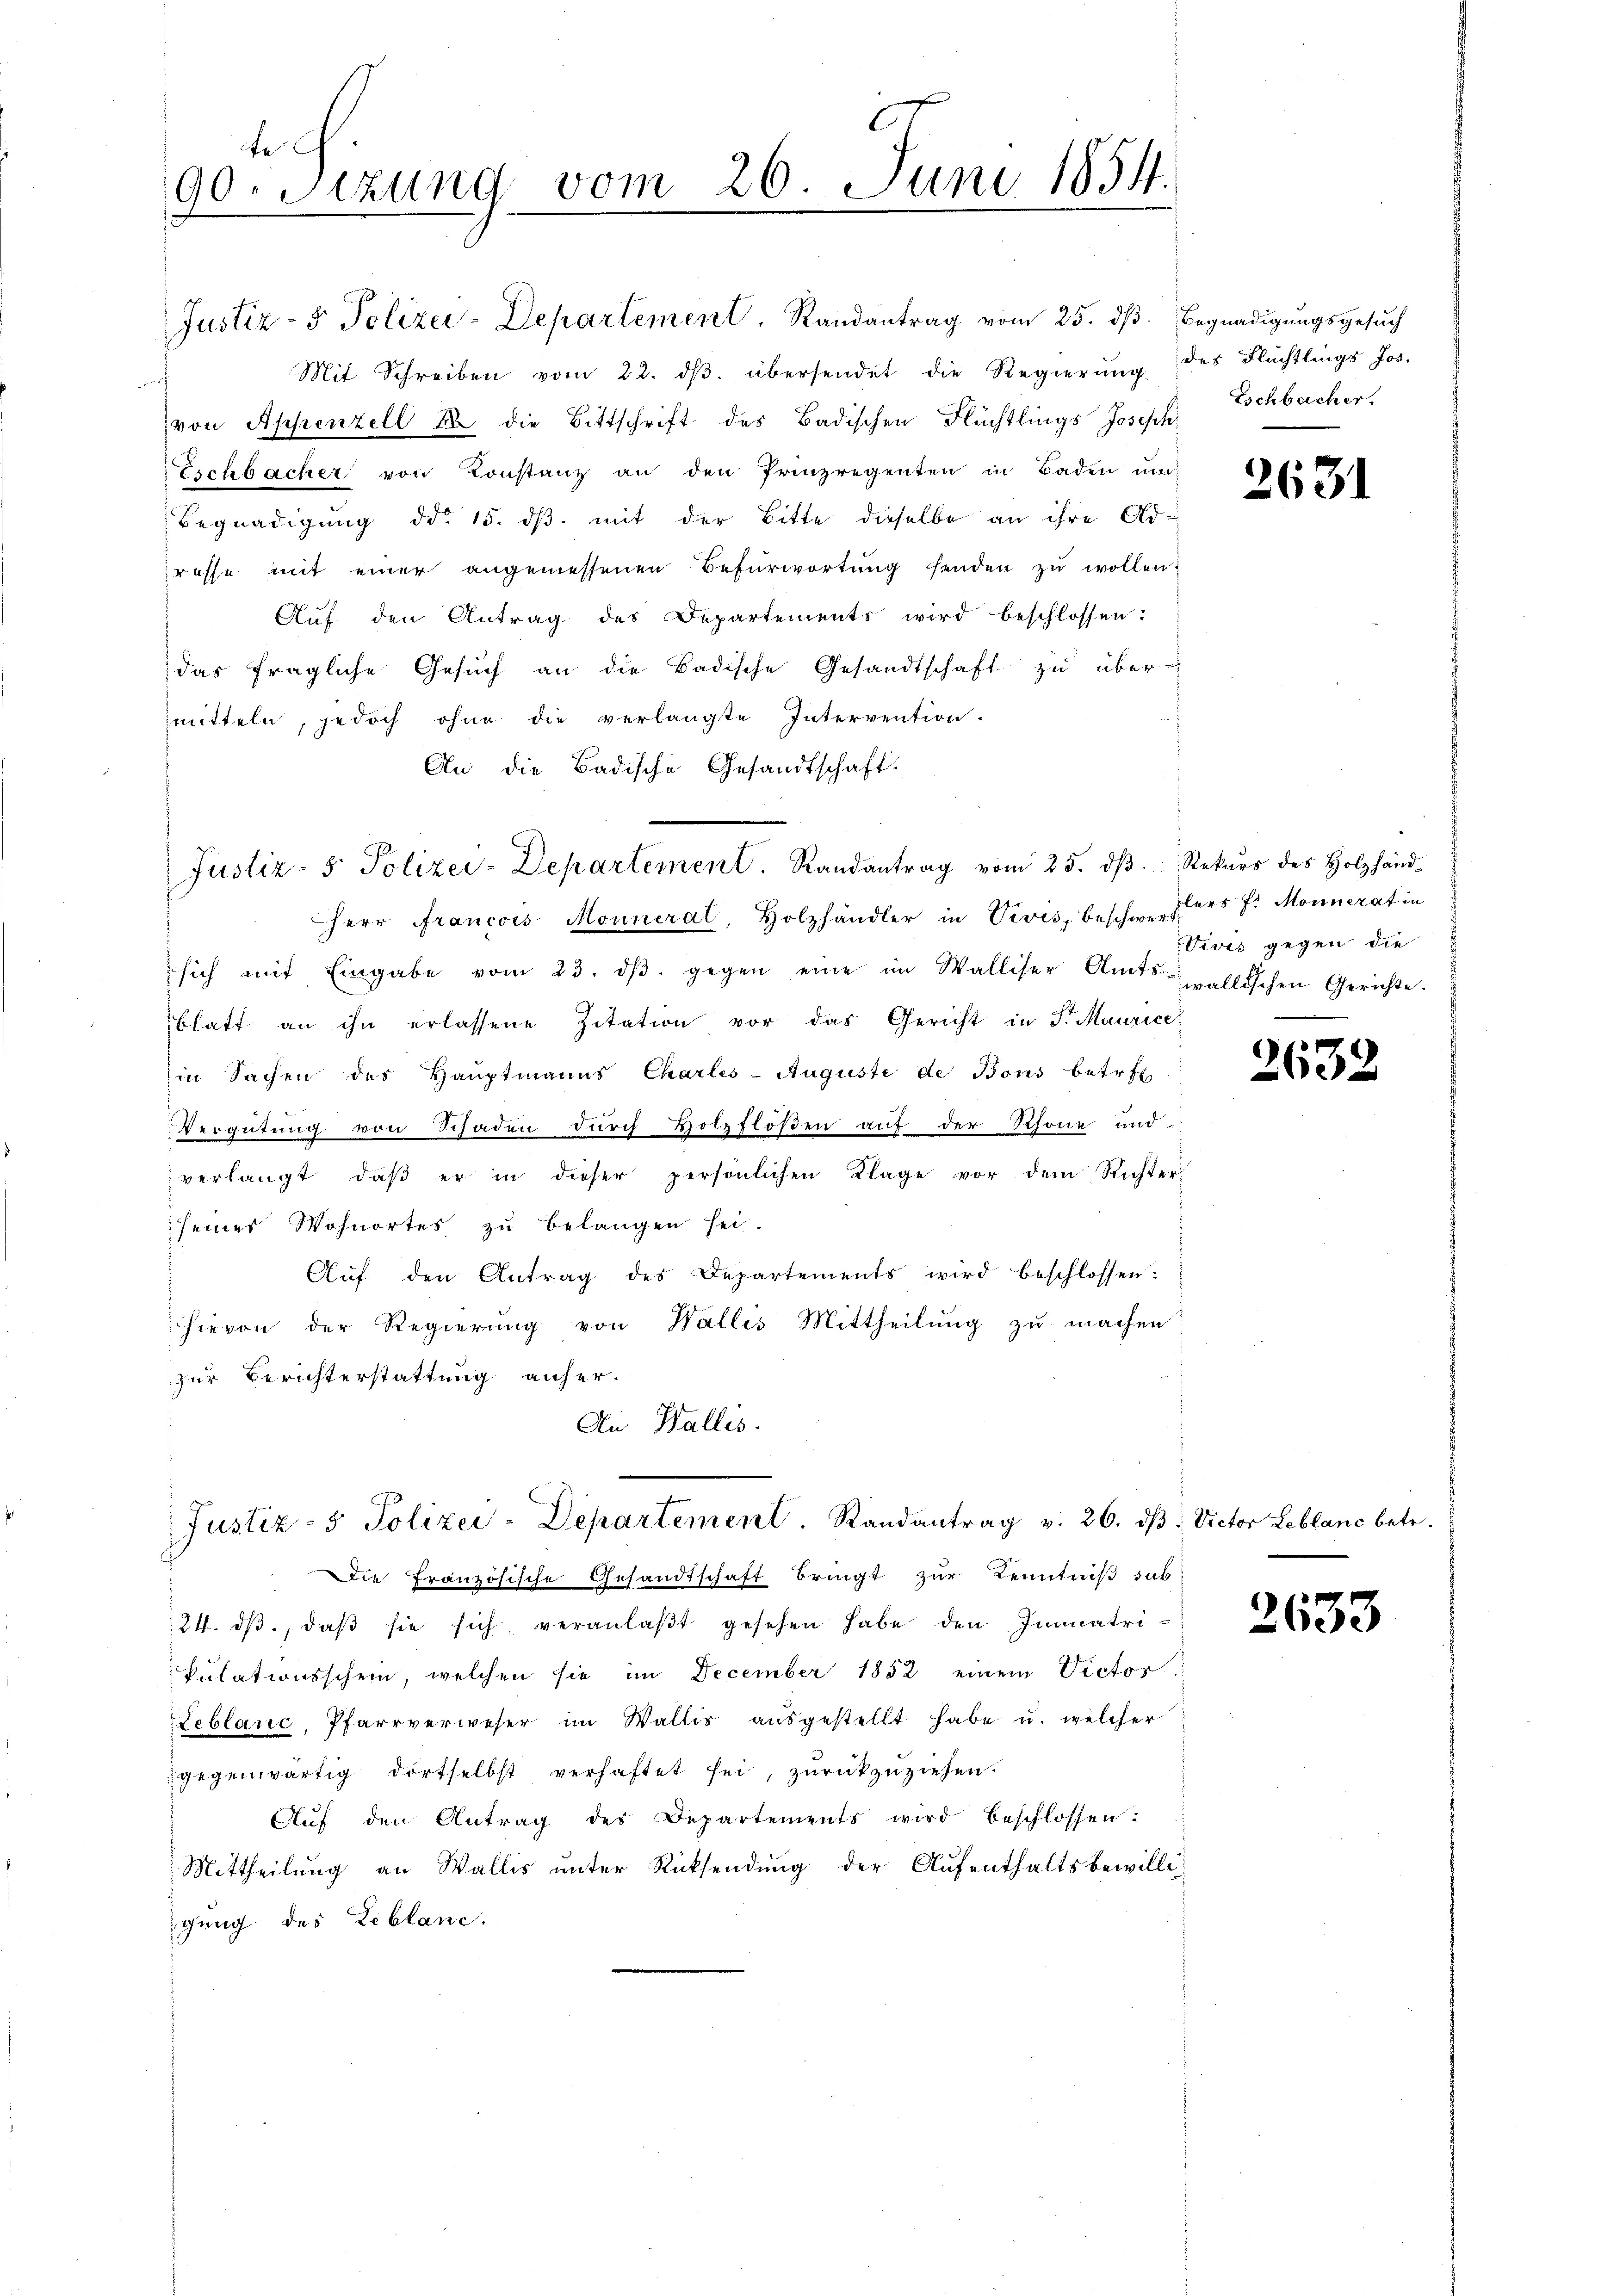
u

te
90. Sezung vom 26. Juni 1854.
d

Justiz- & Polizei-Departement. Randantrag vom 25. dß. Begnadigungsgesuch
Mit Schreiben vom 22. ds. übersendet die Regierung des Flüchtlings Jos.
f
von Appenzell 2 die Bittschrift des Badischen Flüchtlings Joseph
Eschbacher von Konstanz an den Prinzregenten in Baden un-
Begnadigung ddo 15. ds. mit der Bitte dieselbe an ihre Adresse mit einer angemessenen Befürwortŭng senden zŭ wollen.
Aŭf den Antrag des Departements wird beschlossen:
das fragliche Gesuch an die Badische Gesandtschaft zu übermitteln, jedoch ohne die verlangte Intervention.
An die Badische Gesandtschaft.
Herr Francois Monneral, Holzhändler in Vivis, beschieders J. Monnerat in
sich mit Eingabe vom 23. dβ. gegen eine im Walliser Amts-
blatt an ihn erlassene Zitation vor das Gericht in Fr. Maurice
in Sachen des Hauptmanns Charles-Auguste de Bons betret
Vergütung von Schaden durch Holzflößen auf der Schöne und
verlangt, daβ er in dieser persönlichen Klage vor dem Richterseiner Wohnortes zu belangen sei.
Auf den Antrag des Departements wird beschlossen:
hievon der Regierung von Wallis Mittheilung zu machen
zur Berichterstattung anher.
An Wallis.

Justiz- & Polizei-Departement. Randantrag vom 25. dβ. Rekurs des Holzhand¬

Justiz- & Polizei-Departement. Randantrag v. 26. dβ: Victor Leblanc betr.

die französische Gesandtschaft bringt zur Kenntniß sab¬
24. dβ, daβ sie sich veranlaβt gesehen habe den Immatrikulationsschein, welchen sie im December 1852 einem Victor
Leblanc, Pfarrverweser im Wallis aŭsgestellt habe u. welcher
gegenwärtig dortselbst verhaftet sei, zŭrückzuziehen.
Aŭf den Antrag des Departements wird beschlossen:
Mittheilung an Wallis unter Rücksendung der Aufenthaltsbewilliigung des Leblane.

Eschbacher.

2631

Vives gegen die
wallischen Gerichte.

2632

2633